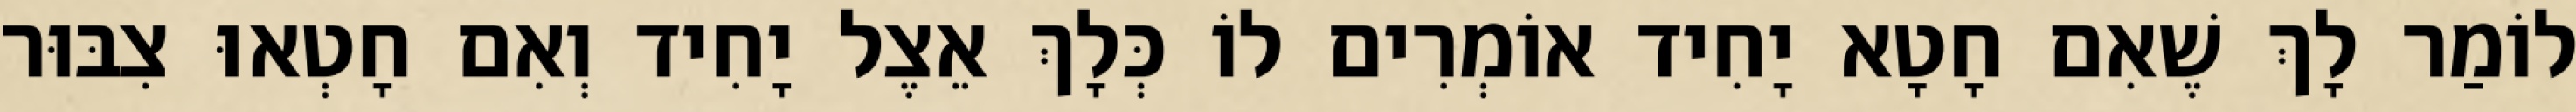
לוֹמַר לָךְ שֶׁאִם חָטָא יָחִיד אוֹמְרִים לוֹ כְּלָךְ אֵצֶל יָחִיד וְאִם חָטְאוּ צִבּוּר